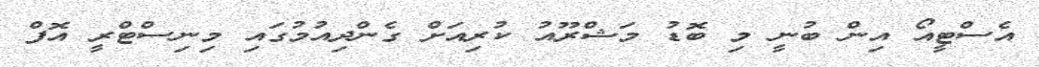
އެސްޓީއޯ އިން ބުނީ މި ބޮޑު މަޝްރޫއު ކުރިއަށް ގެންދިއުމުގައި މިނިސްޓްރީ އޮފް